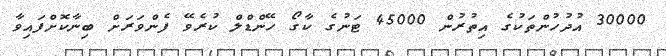
30000 އުދުހުންތަކުގެ އިތުރުން 45000 ޓަނުގެ ކާގޯ ހޭންޑްލް ކުރެވޭ ފެންވަރަށް ބިނާކޮށްފައިވާ